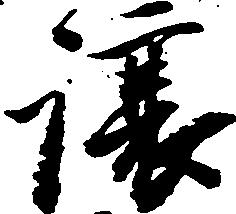
譲